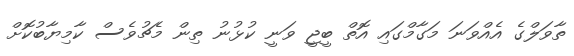
ތާވަލްގެ އެއްވަނަ މަގާމްގައި އޮތް ބީޖީ ވަނީ ކުޅުނު ތިން މެޗުވެސް ކާމިޔާބުކޮށް